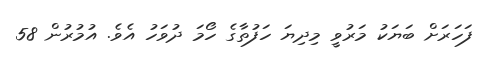
ފަހަރަށް ބަޔަކު މަރުވީ މިދިޔަ ހަފުތާގެ ހޯމަ ދުވަހު އެވެ. އުމުރުން 58